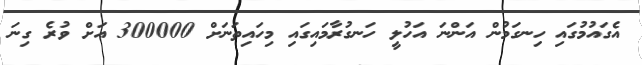
އެގައުމުގައި ހިނގަމުން އަންނަ އަހުލީ ހަނގުރާމައިގައި މިހައިތަނަށް 300000 އަށް ވުރެ ގިނަ